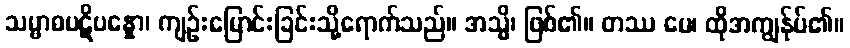
သမ္ဗာဓပဋိပန္နော၊ ကျဉ်းမြောင်းခြင်းသို့ရောက်သည်။ အသ္မိ၊ ဖြစ်၏။ တဿ မေ၊ ထိုအကျွန်ုပ်၏။